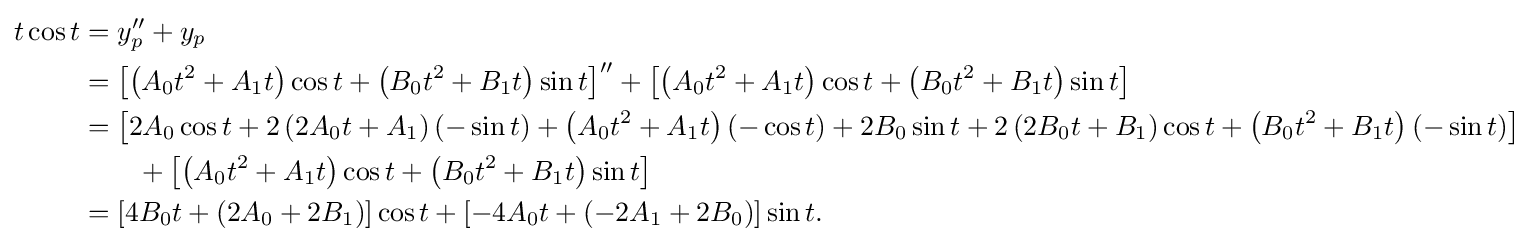
{\begin{aligned}t\cos t&=y_{p}''+y_{p}\\&=\left[\left(A_{0}t^{2}+A_{1}t\right)\cos t+\left(B_{0}t^{2}+B_{1}t\right)\sin t\right]''+\left[\left(A_{0}t^{2}+A_{1}t\right)\cos t+\left(B_{0}t^{2}+B_{1}t\right)\sin t\right]\\&=\left[2A_{0}\cos t+2\left(2A_{0}t+A_{1}\right)(-\sin t)+\left(A_{0}t^{2}+A_{1}t\right)(-\cos t)+2B_{0}\sin t+2\left(2B_{0}t+B_{1}\right)\cos t+\left(B_{0}t^{2}+B_{1}t\right)(-\sin t)\right]\\&\qquad +\left[\left(A_{0}t^{2}+A_{1}t\right)\cos t+\left(B_{0}t^{2}+B_{1}t\right)\sin t\right]\\&=[4B_{0}t+(2A_{0}+2B_{1})]\cos t+[-4A_{0}t+(-2A_{1}+2B_{0})]\sin t.\end{aligned}}